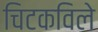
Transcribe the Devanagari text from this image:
चिटकविले